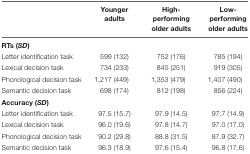
<table><thead><tr><td></td><td><b>Younger adults</b></td><td><b>High-performing older adults</b></td><td><b>Low-performing older adults</b></td></tr></thead><tbody><tr><td><b>RTs (<i>SD</i>)</b></td><td></td><td></td><td></td></tr><tr><td>Letter identification task</td><td>599 (132)</td><td>752 (176)</td><td>785 (194)</td></tr><tr><td>Lexical decision task</td><td>734 (233)</td><td>845 (251)</td><td>919 (305)</td></tr><tr><td>Phonological decision task</td><td>1,217 (449)</td><td>1,353 (479)</td><td>1,407 (490)</td></tr><tr><td>Semantic decision task</td><td>698 (174)</td><td>812 (198)</td><td>856 (224)</td></tr><tr><td><b>Accuracy (<i>SD</i>)</b></td><td></td><td></td><td></td></tr><tr><td>Letter identification task</td><td>97.5 (15.7)</td><td>97.9 (14.5)</td><td>97.7 (14.9)</td></tr><tr><td>Lexical decision task</td><td>96.0 (19.6)</td><td>97.8 (14.7)</td><td>97.0 (17.0)</td></tr><tr><td>Phonological decision task</td><td>90.2 (29.8)</td><td>88.8 (31.5)</td><td>87.9 (32.7)</td></tr><tr><td>Semantic decision task</td><td>96.3 (18.9)</td><td>97.6 (15.4)</td><td>96.8 (17.6)</td></tr></tbody></table>